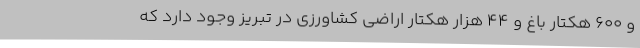
و 600 هکتار باغ و 44 هزار هکتار اراضی کشاورزی در تبریز وجود دارد که